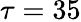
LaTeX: \tau=35